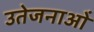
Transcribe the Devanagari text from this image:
उतेजनाओं